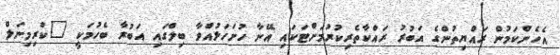
އެހެންކަމުން ރައްޔިތުންގެ އަބުރު ރައްކާތެރިކުރުމަށްޓަކައި އޭނާ ހުށަހަޅުއްވާ ބިލްގައި އަބުރާ ބެހުމަކީ "ކްރިމިނަލް